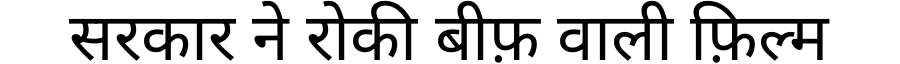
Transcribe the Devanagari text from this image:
सरकार ने रोकी बीफ़ वाली फ़िल्म